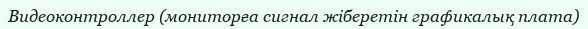
Видеоконтроллер (мониторға сигнал жіберетін графикалық плата)